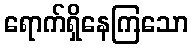
ရောက်ရှိနေကြသော